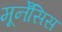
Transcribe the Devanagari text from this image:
मूर्नेंसिस